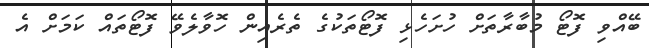
ބޭއްވި ފޮޓޯ މުބާރާތަށް ހުށަހެޅި ފޮޓޯތަކުގެ ތެރެއިން ހޮވާލެވޭ ފޮޓޯތައް ކަމަށް އެ